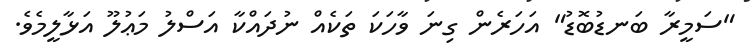
"ސަމީރާ ބަނޑުބޮޑު" އަހަރެން ގިނަ ވާހަކަ ތަކެއް ނުދައްކާ އަސްލު މަޢުލޫ އަޅާލީމެވެ.